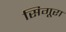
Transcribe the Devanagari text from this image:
सिगूरा